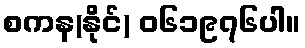
စကန(နိုင်) ၀၆၁၉၇၆ပါ။